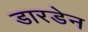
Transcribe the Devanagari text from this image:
डारडेन